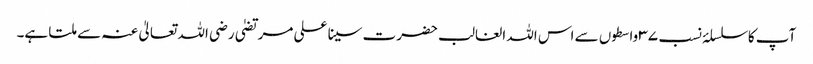
آپ کا سلسلۂ نسب ۳۷ واسطوں سے اس اللہ الغالب حضرت سینا علی مرتضیٰ رضی اللہ تعالیٰ عنہ سے ملتا ہے۔